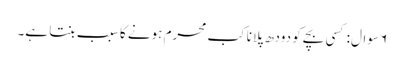
۶ سوال: کسی بچے کو دودھ پلانا کب محرم ہونے کا سبب بنتا ہے۔